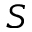
S